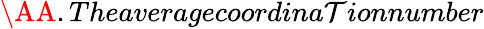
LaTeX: \AA.Theaveragecoordina\mathcal{T}ionnumber